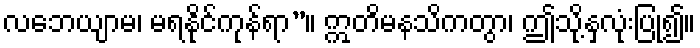
လဘေယျာမ၊ မရနိုင်ကုန်ရာ”။ ဣတိမနသိကတွာ၊ ဤသို့နှလုံးပြု၍။